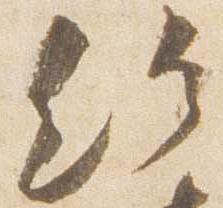
給